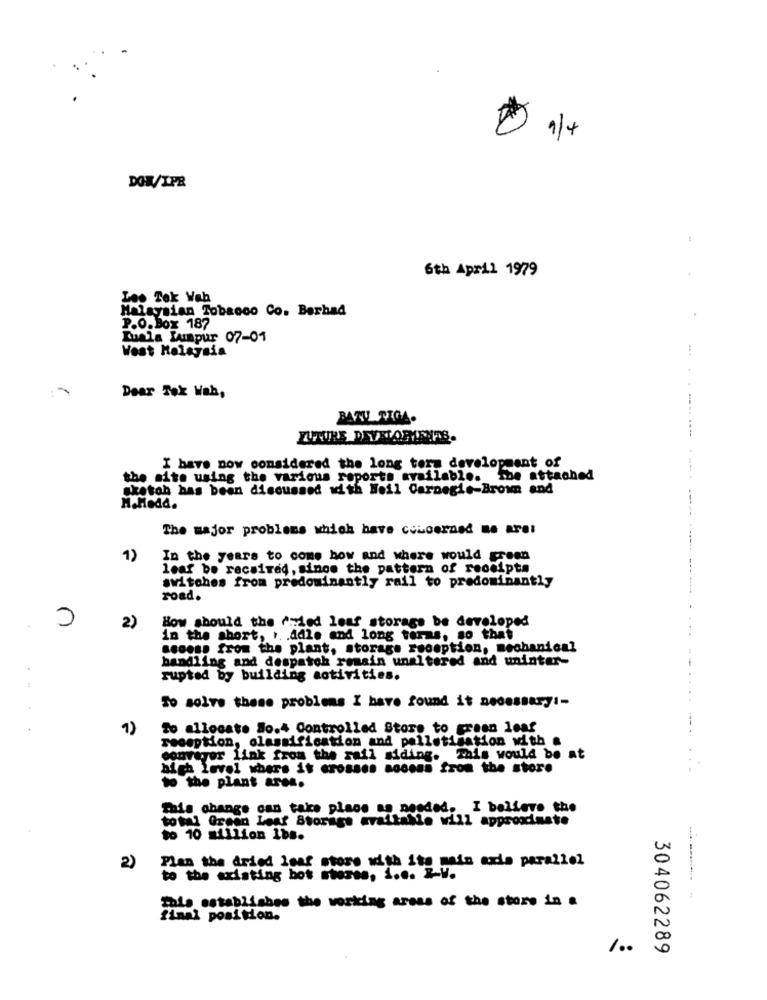
DOW/IPR
:
6th April 1979
Les Tek Wah
Malaysian Tobacco Co. Berhad
P.O. Box 187
Kuala Lumpur 07-01
West Malaysia
Dear Tox Wah,
I have now considered the long term development of
the site using the various reports available. the attached
sketob has been discussed with Noil Carnegie-Brown and
M.Medd.
The major problems which have concerned me aret
1)
In the years to come how and where would grom
leaf be received, since the pattern of receipta
switches from predominantly rail to predominantly
road.
0
How should the fried leaf storage be developed
2)
in the short, .. . ddle and long feras, so that
secess from the plant, storage reception, mechanical
handling and despatch remain unaltered and uninter-
rupted by building activities.
To solve these problems I have found it necessaryi-
1)
To allocate ão.4 Controlled Store to green leaf
reception, classification and palletisation with .
courager link from the rail siding. This would be at
high level where it crosses aocons from the store
to the plant ares.
This change can take place as needed. I believe the
total Green Leaf Storage avaitable will approximate
to 10 million 1bs.
Plas the dried leaf store with ite mais exde parallel
2)
to the existing bot stores, i.e. Z-W.
Sale establishes the working areas of the store in a
final position.
/00
304062289